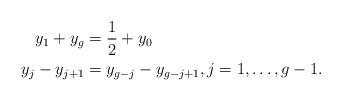
LaTeX: \begin{align*}y_1 + y_g & = \frac{1}{2} + y_0\\y_j - y_{j+1} &= y_{g-j} - y_{g-j+1}, j =1, \ldots, g-1.\end{align*}